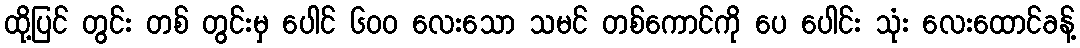
ထို့ပြင် တွင်း တစ် တွင်းမှ ပေါင် ၆၀၀ လေးသော သမင် တစ်ကောင်ကို ပေ ပေါင်း သုံး လေးထောင်ခန့်